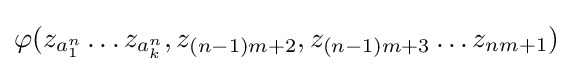
\varphi (z_{a_{1}^{n}}\ldots z_{a_{k}^{n}},z_{(n-1)m+2},z_{(n-1)m+3}\ldots z_{nm+1})